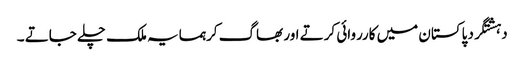
دہشتگرد پاکستان میں کارروائی کرتے اور بھاگ کرہمسایہ ملک چلے جاتے ۔